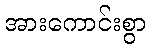
အားကောင်းစွာ